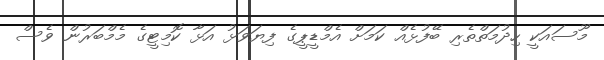
މޫސައަކީ ހިދުމަތްތެރި ބޭފުޅެއް ކަމަށް އެމްޑީޕީގެ ފިޔަވަޅު އަޅާ ކޮމިޓީގެ މެމްބަރުން ވެސް